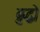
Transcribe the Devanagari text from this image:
ब्रुद्धो